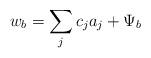
LaTeX: \begin{align*}w_b = \sum_{j} c_j a_j + \Psi_b\end{align*}